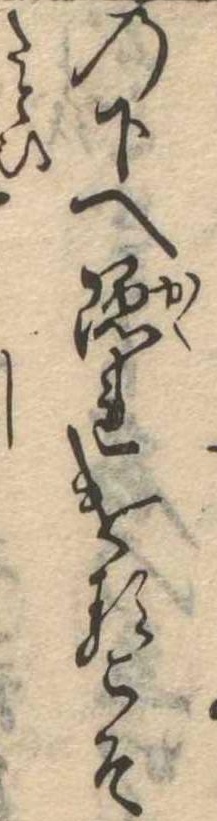
の下へ隠れけるこそ